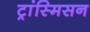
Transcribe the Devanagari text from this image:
ट्रांस्मिसन